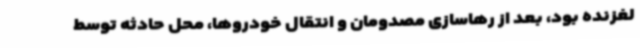
لغزنده بود، بعد از رهاسازی مصدومان و انتقال خودروها، محل حادثه توسط